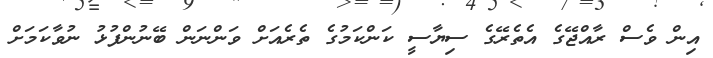
އިން ވެސް ރާއްޖޭގެ އެތެރޭގެ ސިޔާސީ ކަންކަމުގެ ތެރެއަށް ވަންނަން ބޭނުންފުޅު ނުވާކަމަށް